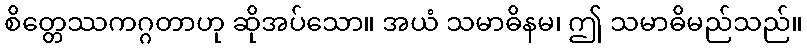
စိတ္တေဿကဂ္ဂတာဟု ဆိုအပ်သော။ အယံ သမာဓိနမ၊ ဤ သမာဓိမည်သည်။